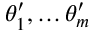
\theta _ { 1 } ^ { \prime } , \ldots \theta _ { m } ^ { \prime }